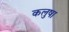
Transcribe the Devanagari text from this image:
कलुषा